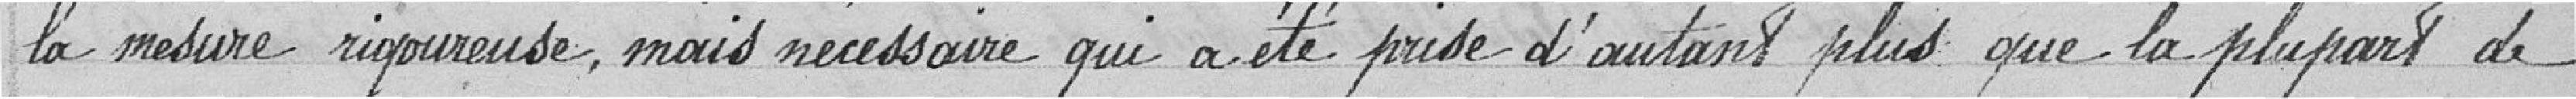
la mesure rigoureuse, mais nécessaire qui a été prise d'autant plus que la plupart de